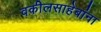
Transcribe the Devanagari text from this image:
वकीलसाहेबांना